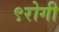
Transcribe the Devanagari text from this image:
९रोगी